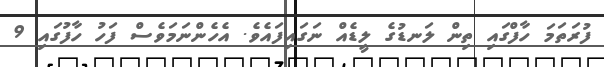
ފުރަތަމަ ހާފްގައި ތިން ލަނޑުގެ ލީޑެއް ނަގައިފައެވެ. އެހެންނަމަވެސް ފަހު ހާފުގައި 9